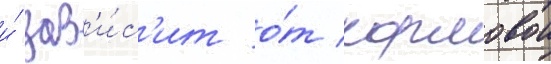
и́ зав'и́с'ит о́т кормовои